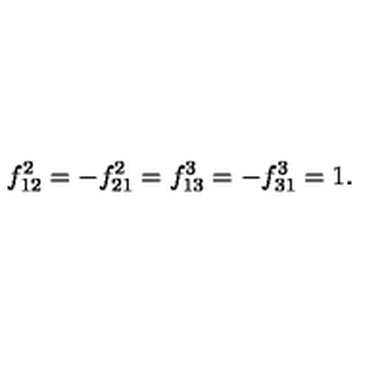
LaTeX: f _ { 1 2 } ^ { 2 } = - f _ { 2 1 } ^ { 2 } = f _ { 1 3 } ^ { 3 } = - f _ { 3 1 } ^ { 3 } = 1 .